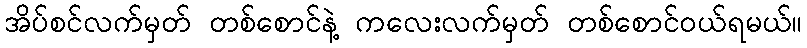
အိပ်စင်လက်မှတ် တစ်စောင်နဲ့ ကလေးလက်မှတ် တစ်စောင်ဝယ်ရမယ်။